Annual report on the mental hospital in the Central Provinces and Berar (Nagpur) - 1927-1951
Year: 1927
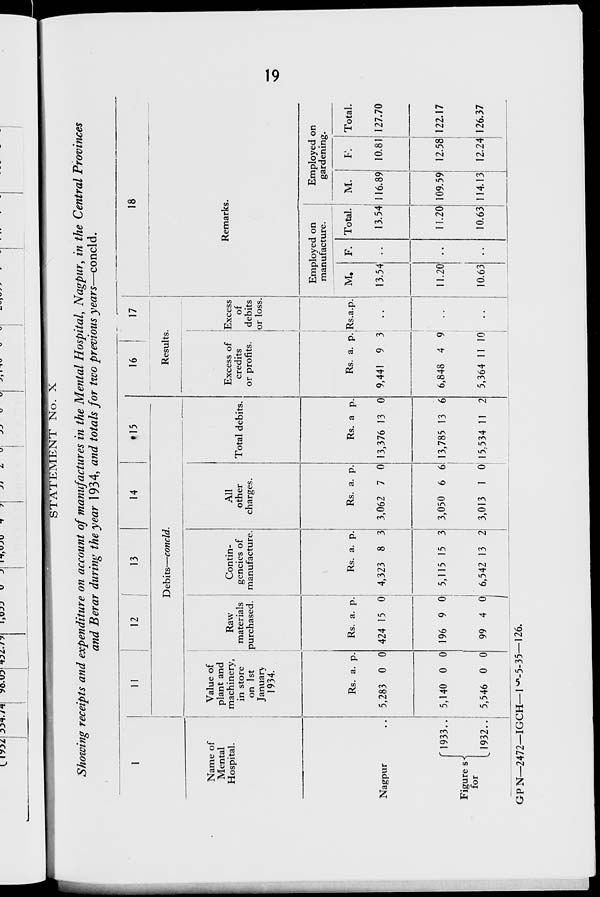
19
STATEMENT No. X
Showing receipts and expenditure on account of manufactures in the Mental Hospital, Nagpur, in the Central Provinces
and Berar during the year 1934, and totals for two previous years—concld.
1
Name of
Mental
Hospital.
Nagpur ..
Figures
for
1933..
1932..
1 1
12
13
14
15
Debits—concld.
Value of
plant and
machinery,
in store
on 1st
January
1934.
Rs.
5,283
5,140
5,546
a.
0
0
0
p.
0
0
0
Raw
materials
purchased.
Rs.
424
196
99
a.
15
9
4
p.
0
0
0
Contin-
gencies of
manufacture.
Rs.
4,323
5,115
6,542
a.
8
15
13
p.
3
3
2
All
other
charges.
Rs.
3,062
3,050
3,013
a.
7
6
1
p.
0
6
0
Total debits.
Rs.
13,376
13,785
15,534
a
13
13
11
p.
0
6
2
16
17
Results.
Excess of
credits
or profits.
Rs.
9,441
6,848
5,364
a.
9
4
11
p.
3
9
10
Excess
of
debits
or loss.
Rs a p.
..
..
..
18
Remarks.
Employed on
manufacture.
M.
13.54
11.20
10.63
F.
..
..
..
Total.
13.54
11.20
10.63
Employed on
gardening.
M.
116.89
109.59
114.13
F.
10.81
12.58
12.24
Total.
127.70
122.17
126.37
GPN—2472—IGCH—15-5-35—126.